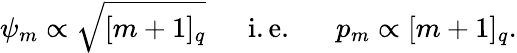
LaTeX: {\psi}_{m}\propto\sqrt{[m+1]_{q}}\mathrm{~\quad~i.e.~\quad~}p_{m}\propto[m+1]_{q}.